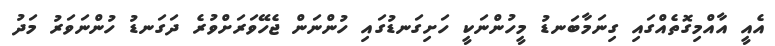
އެއީ އާއްމިގޮތެއްގައި ގިނަމާބަނޑު މީހުންނަކީ ހަށިގަނޑުގައި ހުންނަން ޖެހޭވަރަށްވުރެ ދަގަނޑު ހުންނަވަރު މަދު